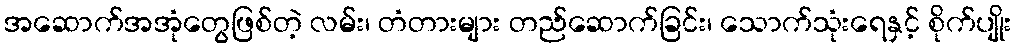
အဆောက်အအုံတွေဖြစ်တဲ့ လမ်း၊ တံတားများ တည်ဆောက်ခြင်း၊ သောက်သုံးရေနှင့် စိုက်ပျိုး